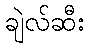
ချဲလ်ဆီး